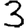
Digit: 3